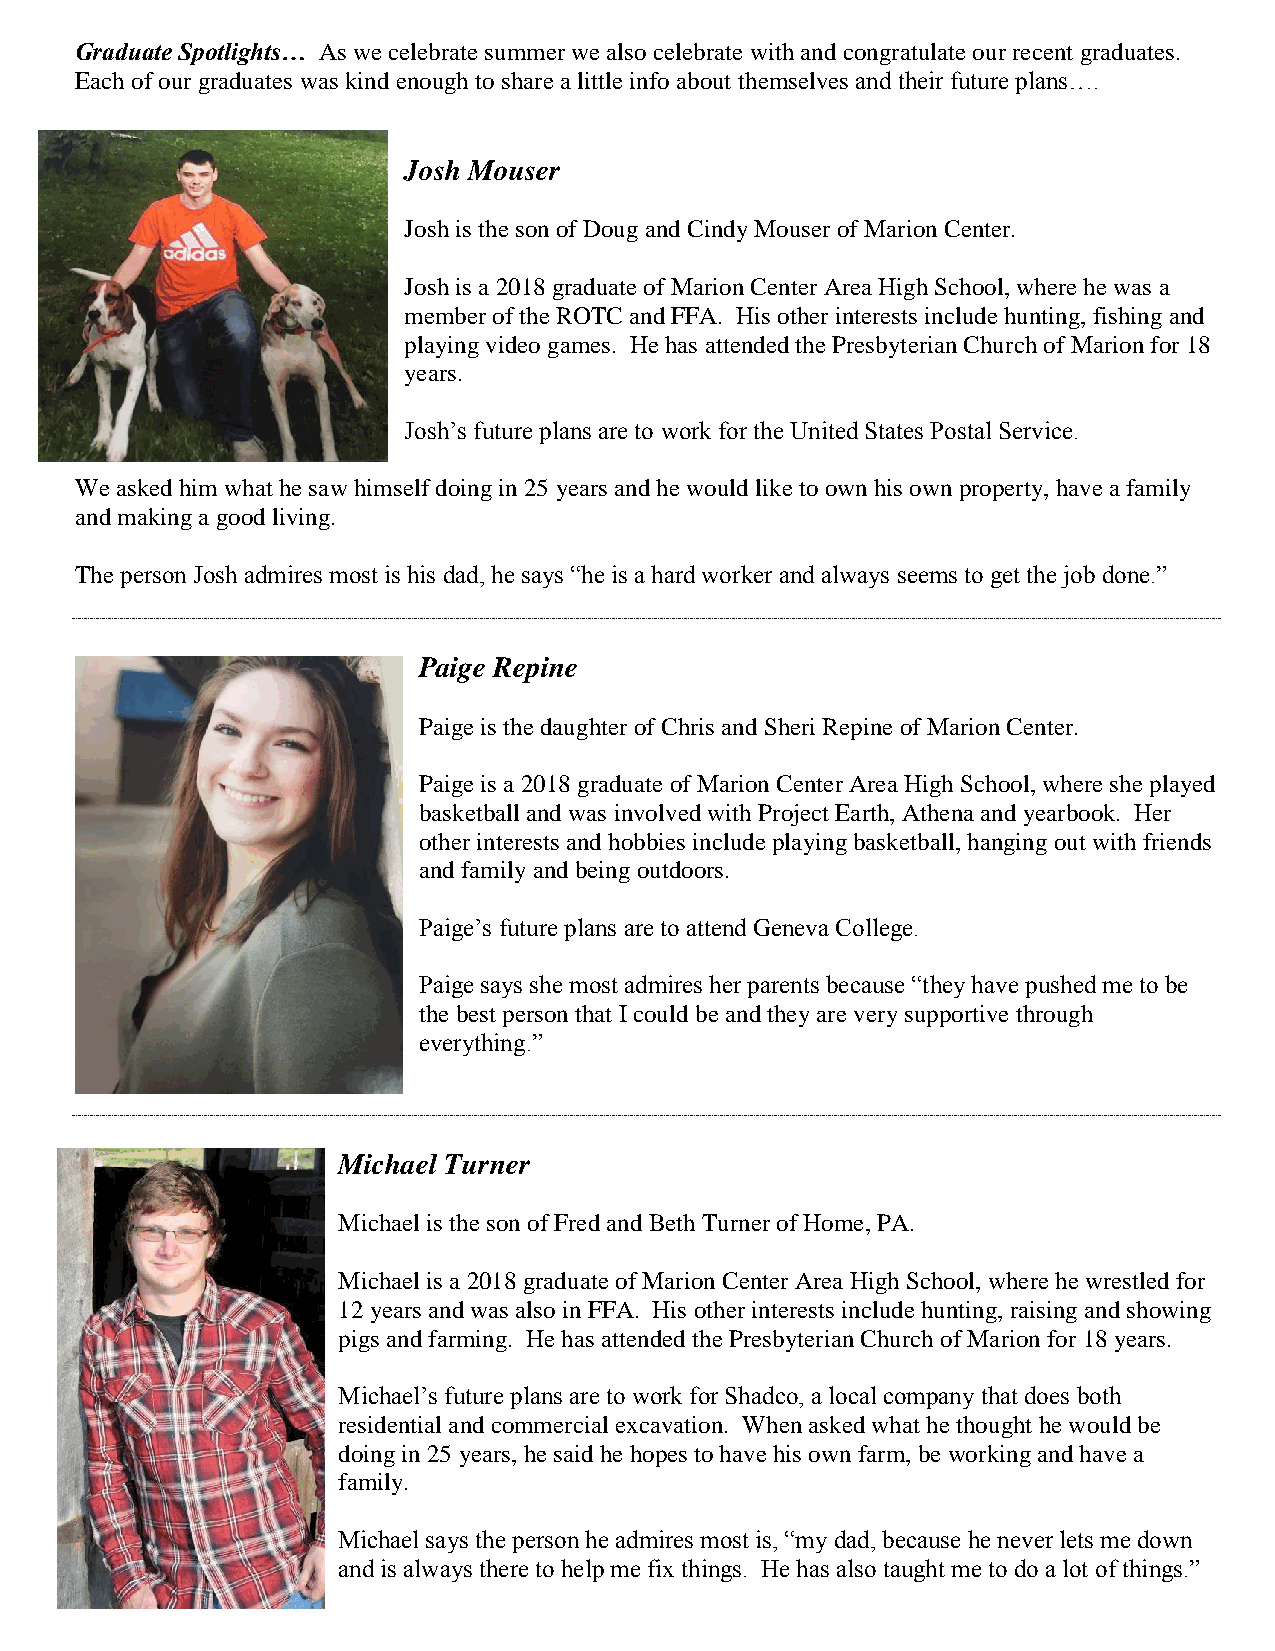
Graduate Spotlights… As we celebrate summer we also celebrate with and congratulate our recent graduates.
 Each of our graduates was kind enough to share a little info about themselves and their future plans….
 Josh Mouser
 Josh is the son of Doug and Cindy Mouser of Marion Center.
 Josh is a 2018 graduate of Marion Center Area High School, where he was a
 member of the ROTC and FFA. His other interests include hunting, fishing and
 playing video games. He has attended the Presbyterian Church of Marion for 18
 years.
 Josh’s future plans are to work for the United States Postal Service.
 We asked him what he saw himself doing in 25 years and he would like to own his own property, have a family
 and making a good living.
 The person Josh admires most is his dad, he says “he is a hard worker and always seems to get the job done.”
 Paige Repine
 Paige is the daughter of Chris and Sheri Repine of Marion Center.
 Paige is a 2018 graduate of Marion Center Area High School, where she played
 basketball and was involved with Project Earth, Athena and yearbook. Her
 other interests and hobbies include playing basketball, hanging out with friends
 and family and being outdoors.
 Paige’s future plans are to attend Geneva College.
 Paige says she most admires her parents because “they have pushed me to be
 the best person that I could be and they are very supportive through
 everything.”
 Michael Turner
 Michael is the son of Fred and Beth Turner of Home, PA.
 Michael is a 2018 graduate of Marion Center Area High School, where he wrestled for
 12 years and was also in FFA. His other interests include hunting, raising and showing
 pigs and farming. He has attended the Presbyterian Church of Marion for 18 years.
 Michael’s future plans are to work for Shadco, a local company that does both
 residential and commercial excavation. When asked what he thought he would be
 doing in 25 years, he said he hopes to have his own farm, be working and have a
 family.
 Michael says the person he admires most is, “my dad, because he never lets me down
 and is always there to help me fix things. He has also taught me to do a lot of things.”